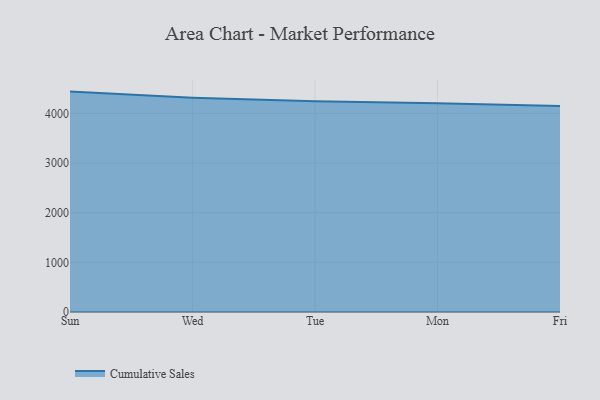
{"axis": {"x": "Day", "y": "Humidity (%)"}, "legend": ["Cumulative Sales"], "data": [{"x": "Sun", "y": 4440.2, "type": "Cumulative Sales"}, {"x": "Wed", "y": 4317.7, "type": "Cumulative Sales"}, {"x": "Tue", "y": 4244.9, "type": "Cumulative Sales"}, {"x": "Mon", "y": 4206.3, "type": "Cumulative Sales"}, {"x": "Fri", "y": 4148.9, "type": "Cumulative Sales"}]}